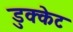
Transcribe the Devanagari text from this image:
डुक्केट